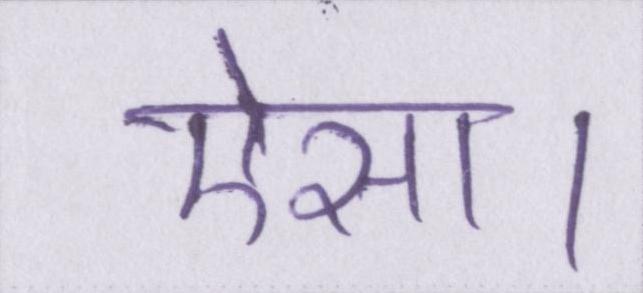
ऐसा।